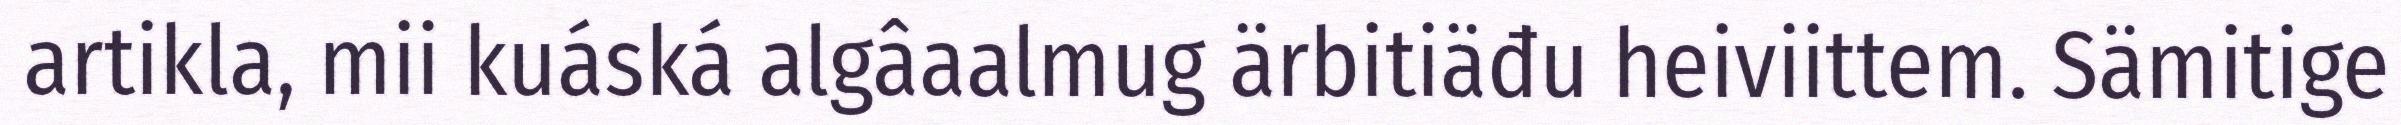
artikla, mii kuáská algâaalmug ärbitiäđu heiviittem. Sämitige